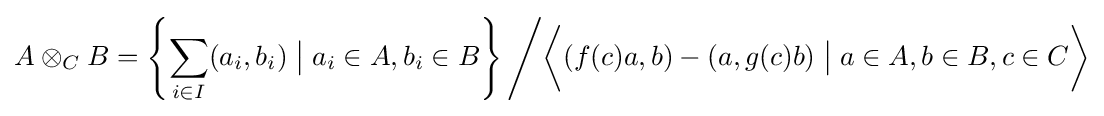
A\otimes _{C}B=\left\{\sum _{i\in I}(a_{i},b_{i})\;{\big |}\;a_{i}\in A,b_{i}\in B\right\}{\Bigg /}{\bigg \langle }(f(c)a,b)-(a,g(c)b)\;{\big |}\;a\in A,b\in B,c\in C{\bigg \rangle }